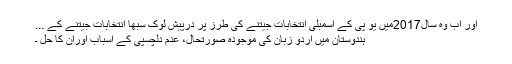
اور اب وہ سال2017میں یو پی کے اسمبلی انتخابات جیتنے کی طرز پر درپیش لوک سبھا انتخابات جیتنے کے ...
ہندوستان میں اردو زبان کی موجودہ صورتحال، عدم دلچسپی کے اسباب اوران کا حل ۔